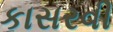
કાસરવી